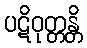
ပဋိဝုတ္တန္တိ